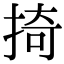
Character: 掎